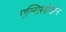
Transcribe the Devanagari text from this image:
एन्सिस्त्रोडोन